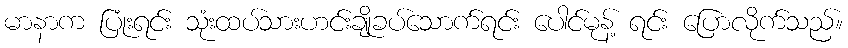
မာနာက ပြုံးရင်း သုံးထပ်သားဟင်းချိုခပ်သောက်ရင်း ပေါင်မုန့် ရင်း ပြောလိုက်သည်။